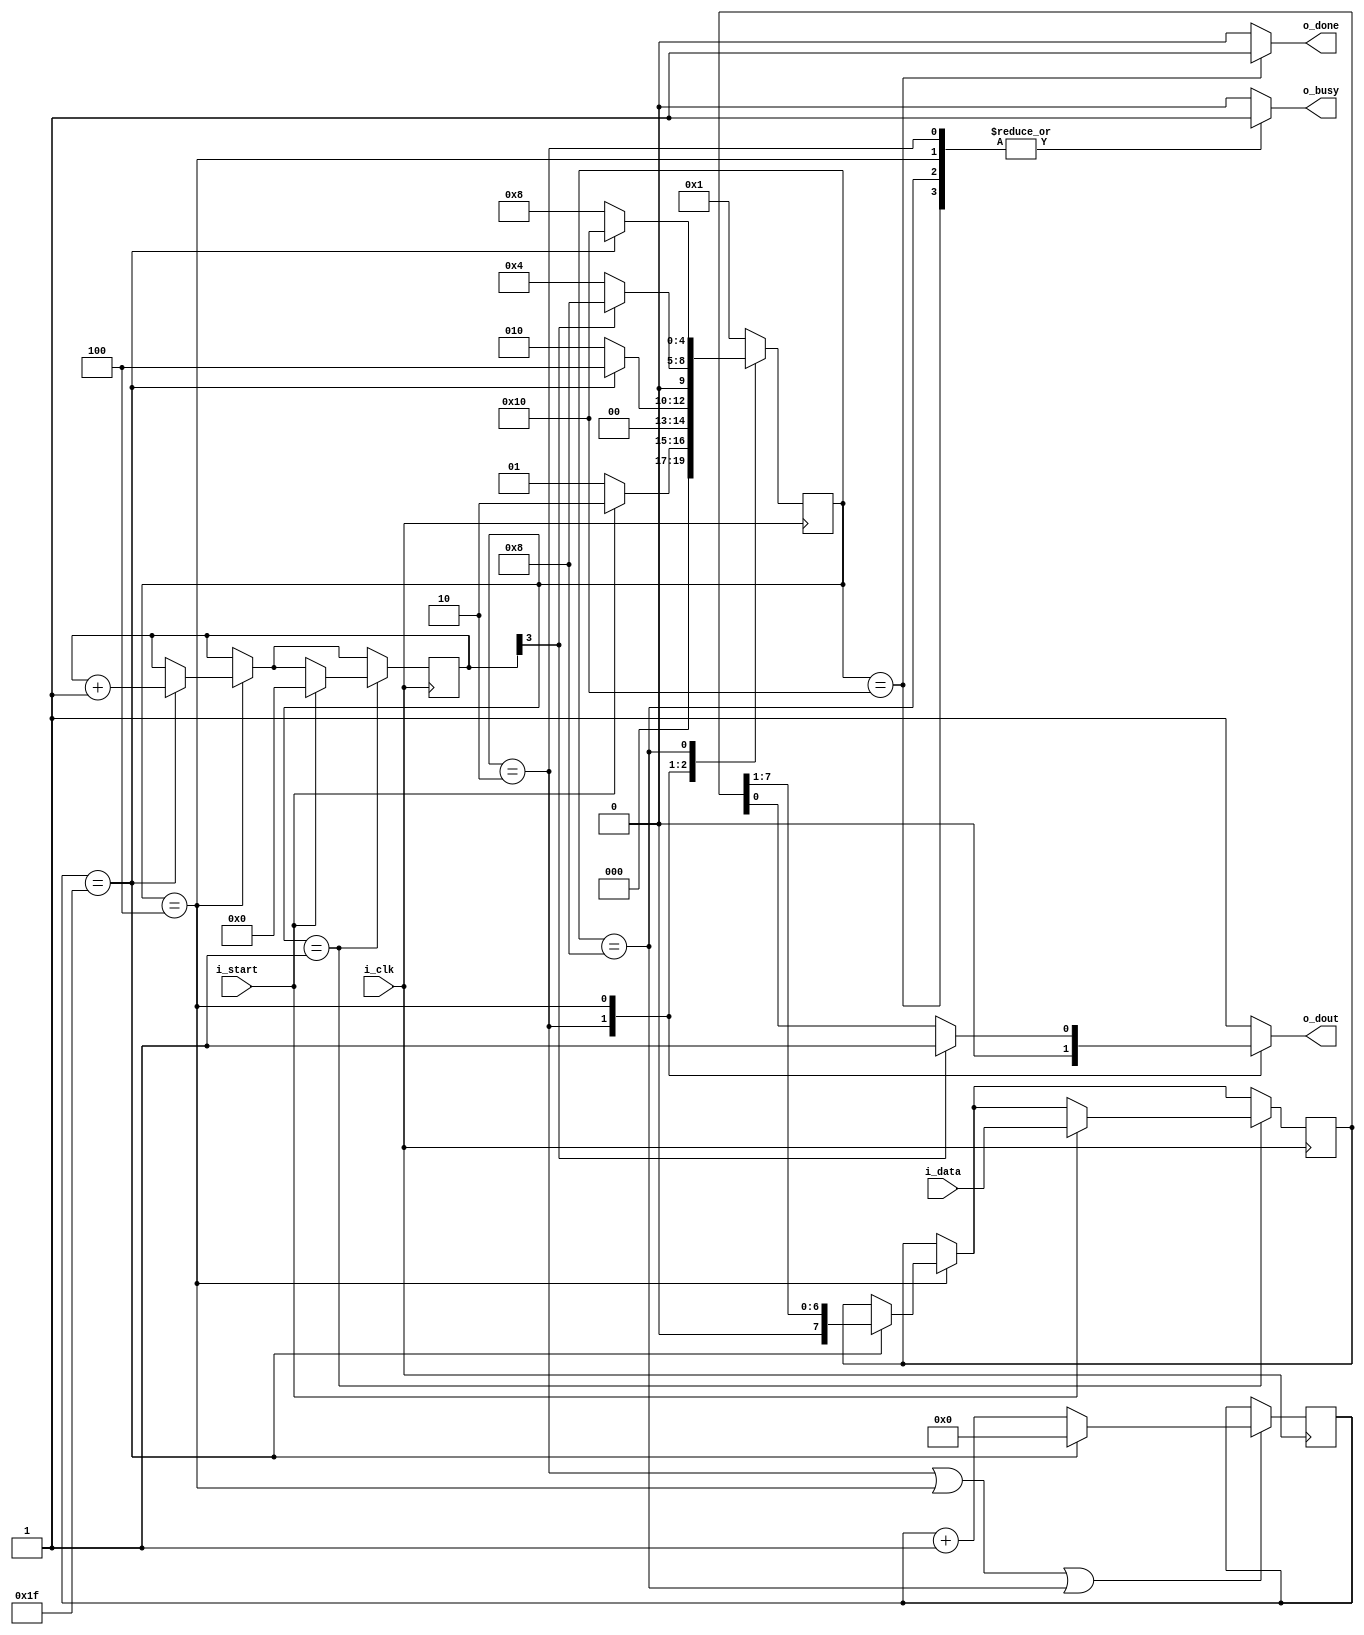
/*	
	MIT License

	Copyright (c) 2018 Matheus Alencar Nascimento (matt-alencar)

	Permission is hereby granted, free of charge, to any person obtaining a copy
	of this software and associated documentation files (the "Software"), to deal
	in the Software without restriction, including without limitation the rights
	to use, copy, modify, merge, publish, distribute, sublicense, and/or sell
	copies of the Software, and to permit persons to whom the Software is
	furnished to do so, subject to the following conditions:

	The above copyright notice and this permission notice shall be included in all
	copies or substantial portions of the Software.

	THE SOFTWARE IS PROVIDED "AS IS", WITHOUT WARRANTY OF ANY KIND, EXPRESS OR
	IMPLIED, INCLUDING BUT NOT LIMITED TO THE WARRANTIES OF MERCHANTABILITY,
	FITNESS FOR A PARTICULAR PURPOSE AND NONINFRINGEMENT. IN NO EVENT SHALL THE
	AUTHORS OR COPYRIGHT HOLDERS BE LIABLE FOR ANY CLAIM, DAMAGES OR OTHER
	LIABILITY, WHETHER IN AN ACTION OF CONTRACT, TORT OR OTHERWISE, ARISING FROM,
	OUT OF OR IN CONNECTION WITH THE SOFTWARE OR THE USE OR OTHER DEALINGS IN THE
	SOFTWARE.
*/

module uart_tx 
	/* BEGIN PARAMETERS LIST */
	#(
		parameter TICKS_PER_BIT = 32,
		parameter TICKS_PER_BIT_SIZE = 6
	)
	/* END PARAMETERS LIST */ 
	
	/* BEGIN MODULE IO LIST */
	(
		input i_clk,
		input i_start,
		input [7:0] i_data,
		output wire o_done,
		output wire o_busy,
		output wire o_dout
	);
	/* END MODULE IO LIST */

	localparam	STATE_IDLE 			= 5'b00001,
				STATE_SEND_START 	= 5'b00010,
				STATE_SEND_BITS		= 5'b00100,
				STATE_SEND_STOP		= 5'b01000,
				STATE_DONE			= 5'b10000;
	
	reg [4:0] currentState, nextState;
	reg done_flag;
	reg busy_flag;
	reg tx_output;
	
	assign o_dout = tx_output;
	assign o_done = done_flag;
	assign o_busy = busy_flag;
	
	reg [7:0] tx_reg;
	reg [3:0] tx_bit_counter;
	reg [TICKS_PER_BIT_SIZE-1:0] ticks_counter;

	wire ticks_counter_ovf 		= (ticks_counter == TICKS_PER_BIT-1);
	wire tx_bit_counter_ovf 	= (tx_bit_counter[3]); // if equals >= 8

	//Init registers for testbench simulation
	initial begin
		currentState = STATE_IDLE;
		tx_reg = 0;
		tx_bit_counter = 0;
		ticks_counter = 0;
	end
	
	always @(*) begin
		case(currentState)

			default: begin 
				nextState = STATE_IDLE;
				done_flag = 0;
				busy_flag = 0;
				tx_output = 1; //idle line
			end

			STATE_IDLE: begin 
				done_flag = 0;
				busy_flag = 0;
				tx_output = 1; //idle line
				
				if(i_start)
					nextState = STATE_SEND_START;
				else
					nextState = STATE_IDLE;
			end // -- END STATE_IDLE --
			
			STATE_SEND_START: begin 
				done_flag = 0;
				busy_flag = 1;
				tx_output = 0; //send low signal (start)
				
				if(ticks_counter_ovf)
					nextState = STATE_SEND_BITS;
				else
					nextState = STATE_SEND_START;
					
			end // -- END STATE_SEND_START --
			
			STATE_SEND_BITS: begin 
				done_flag = 0;
				busy_flag = 1;
				tx_output = tx_bit_counter_ovf ? 1'b1 : tx_reg[0];
				
				if(tx_bit_counter_ovf)
					nextState = STATE_SEND_STOP;
				else
					nextState = STATE_SEND_BITS;
					
			end // -- END STATE_SEND_BITS --
			
			STATE_SEND_STOP: begin 
				done_flag = 0;
				busy_flag = 1;
				tx_output = 1; //send high signal (stop)
				
				if(ticks_counter_ovf)
					nextState = STATE_DONE;
				else
					nextState = STATE_SEND_STOP;
			end // -- END STATE_SEND_STOP --
			
			STATE_DONE: begin 
				done_flag = 1;
				busy_flag = 1;
				tx_output = 1; //idle line
				nextState = STATE_IDLE;
			end // -- END STATE_DONE --
			
		endcase
	end
	
	always @(posedge i_clk) begin 
		currentState <= nextState;

		//Any of those states require the 'ticks_counter_ovf' signal to work
		if (currentState == STATE_SEND_START || 
			currentState == STATE_SEND_BITS || 
			currentState == STATE_SEND_STOP) begin
			
			if(ticks_counter_ovf) begin
				ticks_counter <= 0;
			end	
			else 
				ticks_counter <= ticks_counter + 1;
		end
		
		if (currentState == STATE_SEND_BITS) begin 
			if(ticks_counter_ovf) begin
				tx_bit_counter <= tx_bit_counter + 1;
				tx_reg <= tx_reg >> 1; //LSB shift
			end
		end

		if(currentState == STATE_IDLE) begin 
			if(i_start) begin 
				tx_reg <= i_data;
				tx_bit_counter <= 0;
			end
		end
	end

endmodule